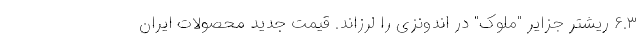
۶.۳ ریشتر جزایر "ملوک" در اندونزی را لرزاند. قیمت جدید محصولات ایران